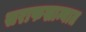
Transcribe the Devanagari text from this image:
सराफखान्यात